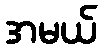
အမယ်